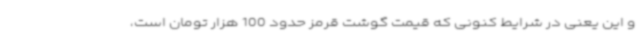
و این یعنی در شرایط کنونی که قیمت گوشت قرمز حدود 100 هزار تومان است،